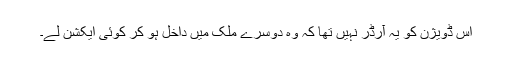
اس ڈویژن کو یہ آرڈر نہیں تھا کہ وہ دوسرے ملک میں داخل ہو کر کوئی ایکشن لے۔